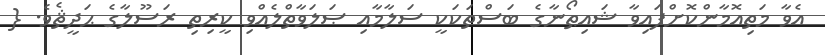
އެވާ މަތިއޮމާންކޮށްފައިވާ ޝައިޠޯނާގެ ބަސްތަކަކީ ސަލާމާއި ޞަލަވާތްލެއްވި ކީރިތި ރަސޫލާގެ ޙަދީޘެވެ. {